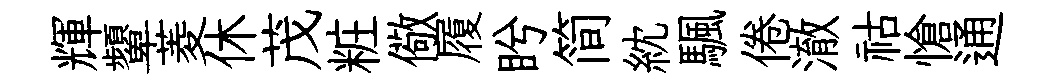
輝顰菱休茂粧儆履盻简紞颿倦澈祜愴通